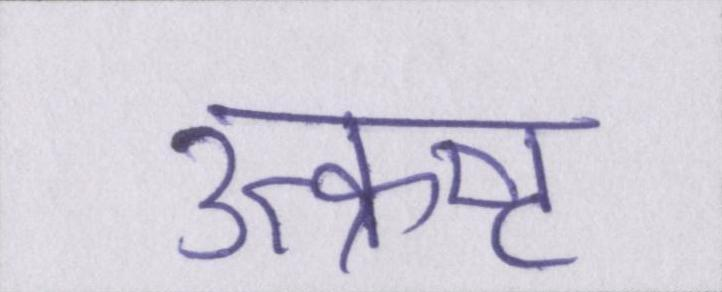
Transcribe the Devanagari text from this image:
उत्क्रष्ट